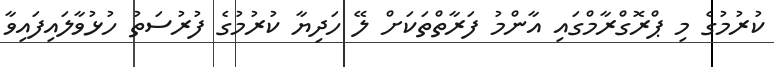
ކުރުމުގެ މި ޕްރޮގްރާމްގައި އާންމު ފަރާތްތަކަށް ލޭ ހަދިޔާ ކުރުމުގެ ފުރުސަތު ހުޅުވާލައިފައިވާ